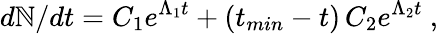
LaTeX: d\mathbb{N}/dt=C_{1}e^{\Lambda_{1}t}+(t_{min}-t)\, C_{2}e^{\Lambda_{2}t}\ ,